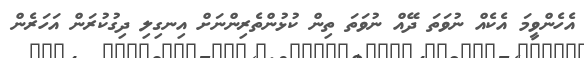
އެހެންވީމަ އެކެއް ނުވަތަ ދޭއް ނުވަތަ ތިން ކުޅުންތެރިންނަށް އިނގިލި ދިގުކުރަން އަހަރެން